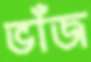
ভাঁজ